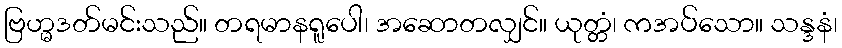
ဗြဟ္မဒတ်မင်းသည်။ တရမာနရူပေါ၊ အဆောတလျှင်။ ယုတ္တံ၊ ကအပ်သော။ သန္ဒနံ၊